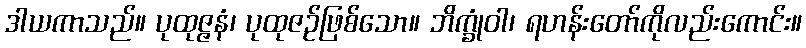
ဒါယကာသည်။ ပုထုဇ္ဇနံ၊ ပုထုဇဉ်ဖြစ်သော။ ဘိက္ခုံဝါ၊ ရဟန်းတော်ကိုလည်းကောင်း။